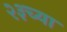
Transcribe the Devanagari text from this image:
२३च्या